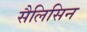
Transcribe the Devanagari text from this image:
सैलिसिन